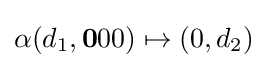
\alpha (d_{1},\mathbf {0} 00)\mapsto (0,d_{2})